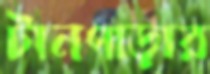
টানপাড়ার